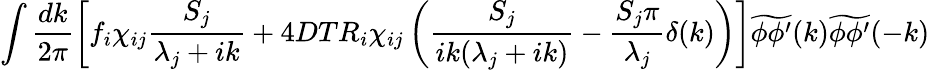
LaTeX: \int\frac{dk}{2\pi}\left[f_{i}\chi_{ij}\frac{S_{j}}{\lambda_{j}+ik}+4DTR_{i}\chi_{ij}\left(\frac{S_{j}}{ik(\lambda_{j}+ik)}-\frac{S_{j}\pi}{\lambda_{j}}\delta(k)\right)\right]\widetilde{\phi\phi^{\prime}}(k)\widetilde{\phi\phi^{\prime}}(-k)